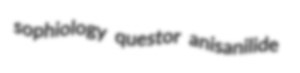
sophiology questor anisanilide